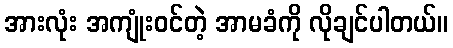
အားလုံး အကျုံးဝင်တဲ့ အာမခံကို လိုချင်ပါတယ်။